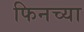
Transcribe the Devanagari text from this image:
फिनच्या